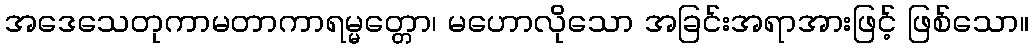
အဒေသေတုကာမတာကာရမ္မတ္တော၊ မဟောလိုသော အခြင်းအရာအားဖြင့် ဖြစ်သော။